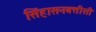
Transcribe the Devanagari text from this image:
सिंहासनबत्तीसी